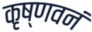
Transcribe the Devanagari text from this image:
कृष्णवनं